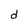
Character: d